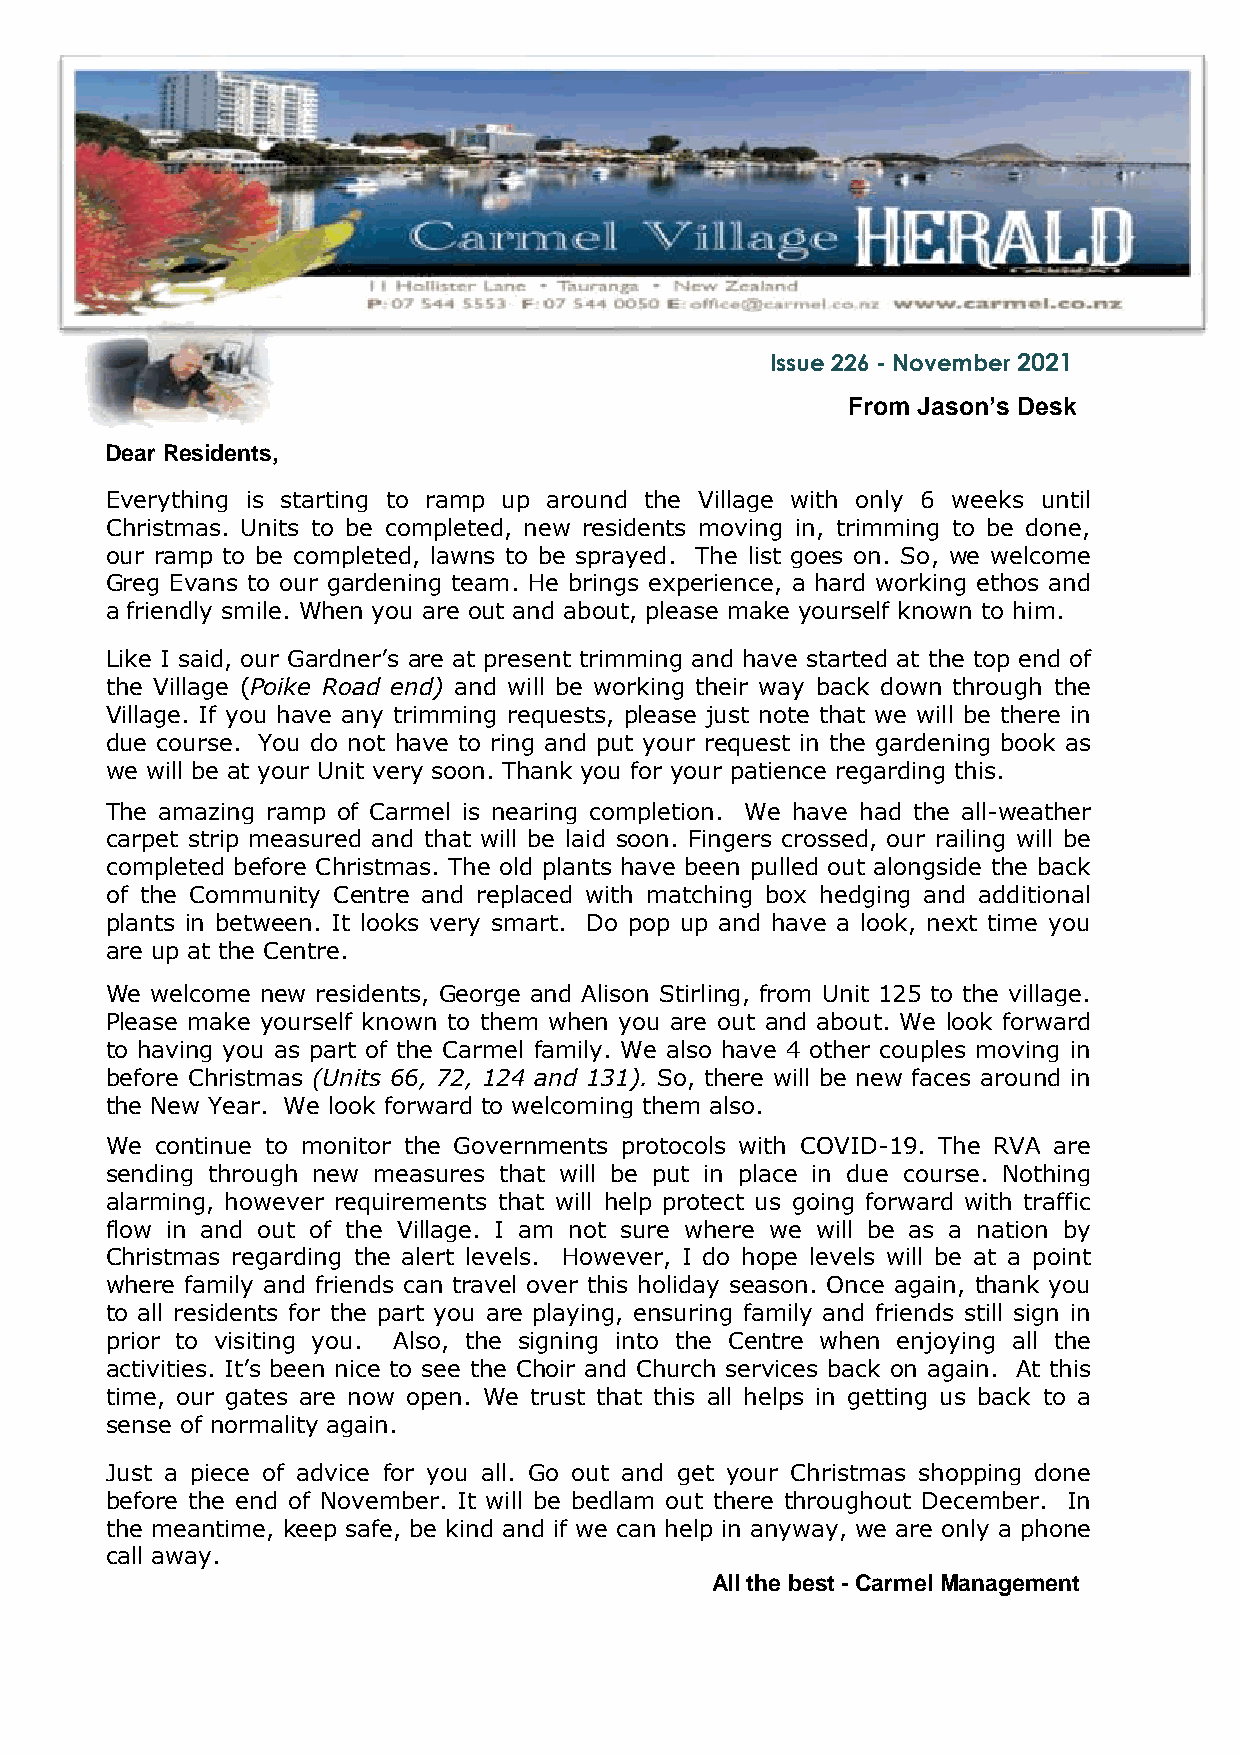
Issue 226 - November 2021
 From Jason’s Desk
 Dear Residents,
 Everything is starting to ramp up around the Village with only 6 weeks until
 Christmas. Units to be completed, new residents moving in, trimming to be done,
 our ramp to be completed, lawns to be sprayed. The list goes on. So, we welcome
 Greg Evans to our gardening team. He brings experience, a hard working ethos and
 a friendly smile. When you are out and about, please make yourself known to him.
 Like I said, our Gardner’s are at present trimming and have started at the top end of
 the Village (Poike Road end) and will be working their way back down through the
 Village. If you have any trimming requests, please just note that we will be there in
 due course. You do not have to ring and put your request in the gardening book as
 we will be at your Unit very soon. Thank you for your patience regarding this.
 The amazing ramp of Carmel is nearing completion. We have had the all-weather
 carpet strip measured and that will be laid soon. Fingers crossed, our railing will be
 completed before Christmas. The old plants have been pulled out alongside the back
 of the Community Centre and replaced with matching box hedging and additional
 plants in between. It looks very smart. Do pop up and have a look, next time you
 are up at the Centre.
 We welcome new residents, George and Alison Stirling, from Unit 125 to the village.
 Please make yourself known to them when you are out and about. We look forward
 to having you as part of the Carmel family. We also have 4 other couples moving in
 before Christmas (Units 66, 72, 124 and 131). So, there will be new faces around in
 the New Year. We look forward to welcoming them also.
 We continue to monitor the Governments protocols with COVID-19. The RVA are
 sending through new measures that will be put in place in due course. Nothing
 alarming, however requirements that will help protect us going forward with traffic
 flow in and out of the Village. I am not sure where we will be as a nation by
 Christmas regarding the alert levels. However, I do hope levels will be at a point
 where family and friends can travel over this holiday season. Once again, thank you
 to all residents for the part you are playing, ensuring family and friends still sign in
 prior to visiting you. Also, the signing into the Centre when enjoying all the
 activities. It’s been nice to see the Choir and Church services back on again. At this
 time, our gates are now open. We trust that this all helps in getting us back to a
 sense of normality again.
 Just a piece of advice for you all. Go out and get your Christmas shopping done
 before the end of November. It will be bedlam out there throughout December. In
 the meantime, keep safe, be kind and if we can help in anyway, we are only a phone
 call away.
 All the best - Carmel Management